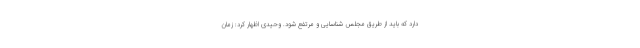
دارد که باید از طریق مجلس شناسایی و مرتفع شود. وحیدی اظهار کرد: زمان